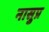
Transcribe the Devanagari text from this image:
नासुप्र